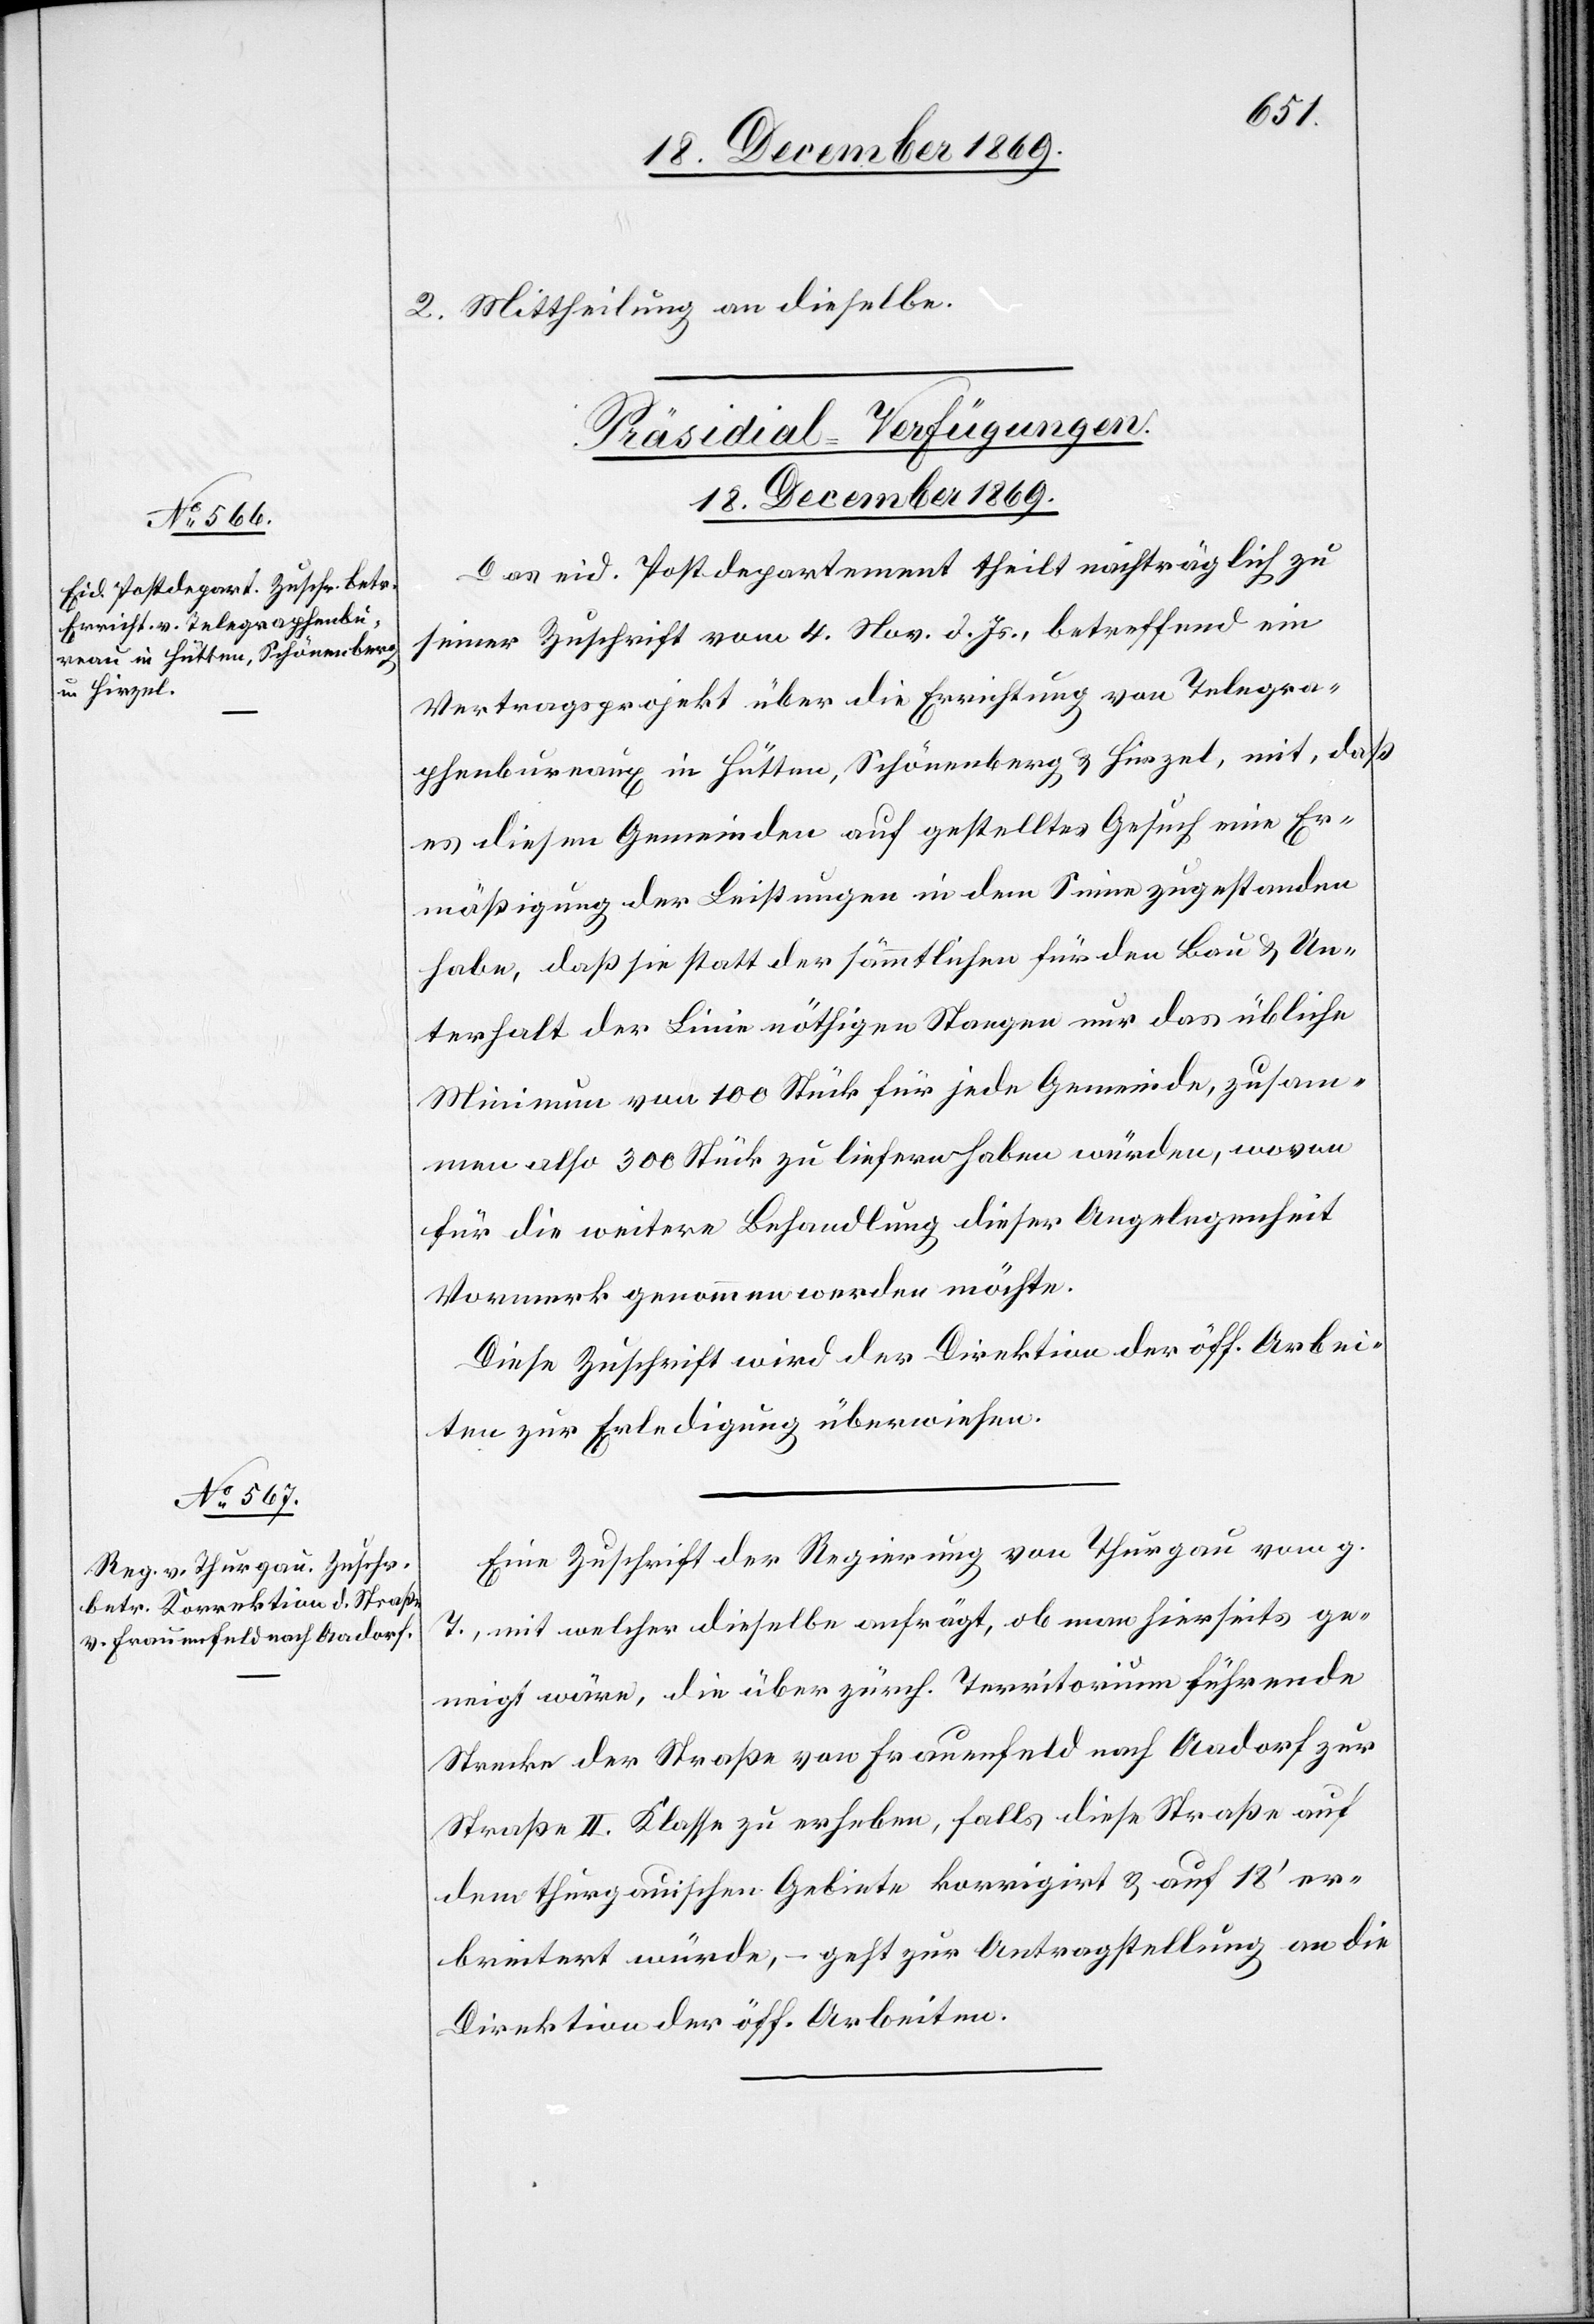
18. December 1869.]
2. Mittheilung an dieselbe.
[Präsidial-Verfügungen.
Das eid. Postdepartement theilt nachträglich zu
seiner Zuschrift vom 4. Nov. d. Js., betreffend ein
Vertragsprojekt über die Errichtung von Telegra¬
phenbureaux in Hütten, Schönenberg & Hirzel, mit, daß
es diesen Gemeinden auf gestelltes Gesuch eine Er¬
mäßigung der Leistungen in dem Sinne zugestanden
habe, daß sie statt der sämmtlichen für den Bau & Un¬
terhalt der Linie nöthigen Stangen nur das übliche
Minimum von 100 Stück für jede Gemeinde, zusam¬
men also 300 Stück zu liefern haben würden, wovon
für die weitere Behandlung dieser Angelegenheit
Vormerk genommen werden möchte.
Diese Zuschrift wird der Direktion der öff. Arbei¬
ten zur Erledigung überwiesen.
Eine Zuschrift der Regierung von Thurgau vom g.
T., mit welcher dieselbe anfrägt, ob man hierseits ge¬
neigt wäre, die über zürch. Territorium führende
Strecke der Straße von Frauenfeld nach Aadorf zur
Straße II. Klasse zu erheben, falls diese Straße auf
dem thurgauischen Gebiete korrigirt & auf 18‘ er¬
breitert würde, – geht zur Antragstellung an die
Direktion der öff. Arbeiten.